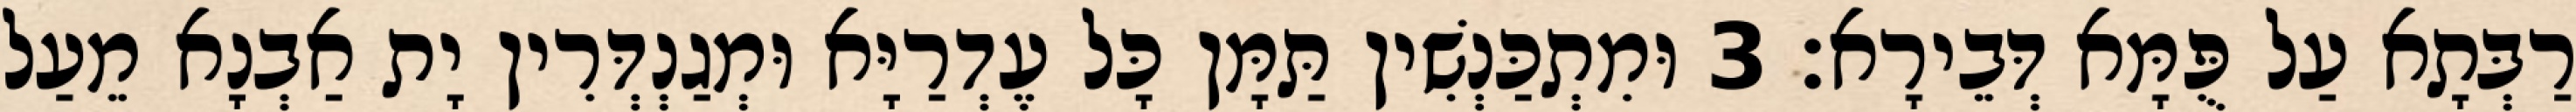
רַבְּתָא עַל פֻּמָּא דְּבֵירָא׃ 3 וּמִתְכַּנְשִׁין תַּמָּן כָּל עֶדְרַיָּא וּמְגַנְדְּרִין יָת אַבְנָא מֵעַל